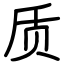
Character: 质